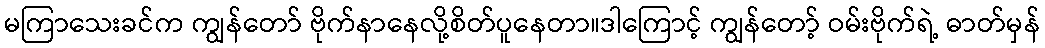
မကြာသေးခင်က ကျွန်တော် ဗိုက်နာနေလို့စိတ်ပူနေတာ။ဒါကြောင့် ကျွန်တော့် ဝမ်းဗိုက်ရဲ့ ဓာတ်မှန်